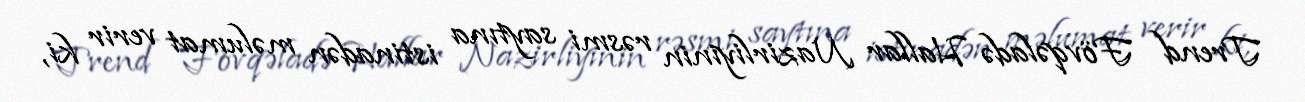
Trend Fövqəladə Hallar Nazirliyinin rəsmi saytına istinadən məlumat verir ki,